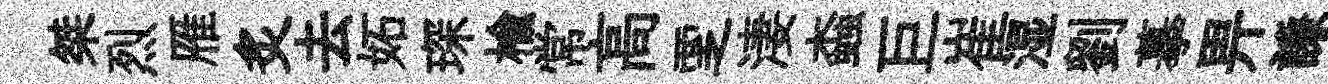
桀烈雁炙去妬琛榆常高覂淒螙巨崔湿劉摹畀謙